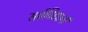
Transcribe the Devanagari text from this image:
सर्वविद्यानां